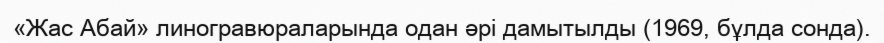
«Жас Абай» линогравюраларында одан әрі дамытылды (1969, бұлда сонда).